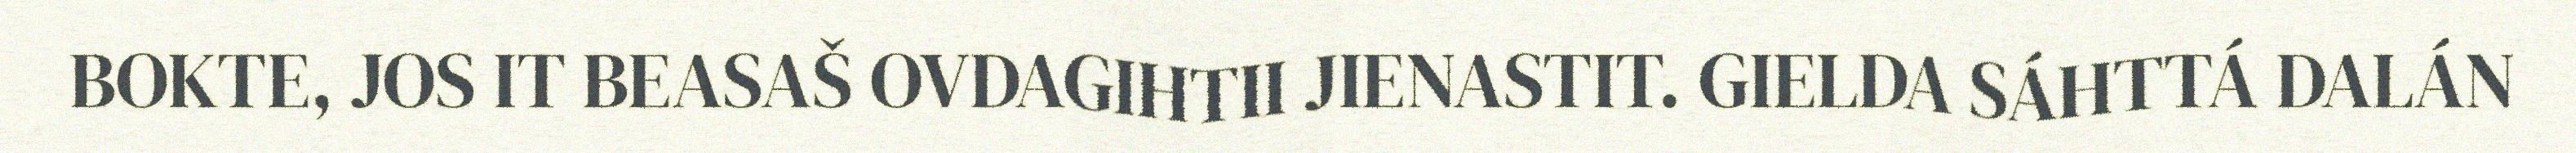
BOKTE, JOS IT BEASAŠ OVDAGIHTII JIENASTIT. GIELDA SÁHTTÁ DALÁN